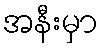
အနီးမှာ